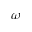
\omega